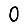
Digit: 0